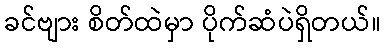
ခင်ဗျား စိတ်ထဲမှာ ပိုက်ဆံပဲရှိတယ်။